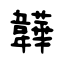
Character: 韡